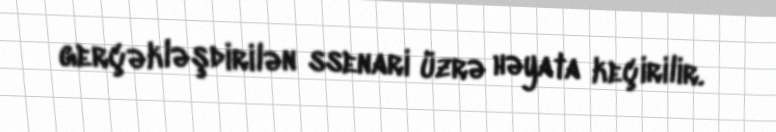
gerçəkləşdirilən ssenari üzrə həyata keçirilir.